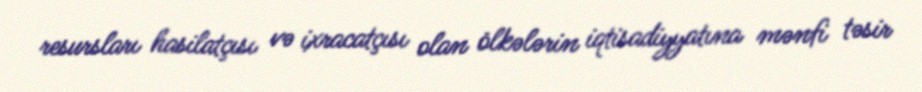
resursları hasilatçısı və ixracatçısı olan ölkələrin iqtisadiyyatına mənfi təsir